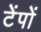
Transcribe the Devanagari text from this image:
टेंपों